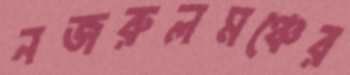
নজরুলমঞ্চের